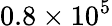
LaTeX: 0.8\times 10^{5}